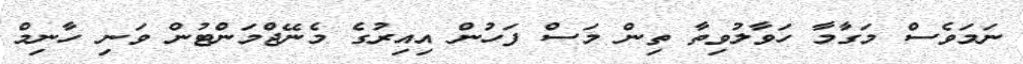
ނަމަވެސް މަގާމާ ހަވާލުވިތާ ތިން މަސް ފަހުން އިއިރުގެ މެނޭޖްމަންޓުން ވަނި ހާނިމް